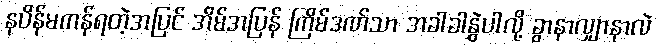
နပိန်မကန်ရတဲ့အပြင် အိမ်အပြန် ကြိမ်ဒဏ်သာ အခါခါနွှဲပါလို့ ခွာနာလျှာနာလဲ